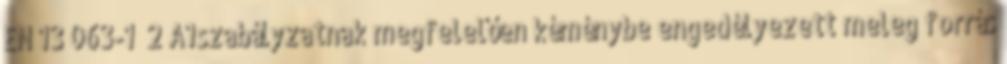
EN 13 063-1 2 A1szabályzatnak megfelelően kéménybe engedélyezett meleg forrás